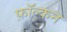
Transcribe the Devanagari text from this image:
फ़ॉल्कन